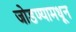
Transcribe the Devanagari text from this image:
जोडण्यामधून